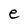
Character: e